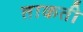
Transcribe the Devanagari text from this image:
ताकती